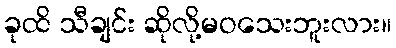
ခုထိ သီချင်း ဆိုလို့မဝသေးဘူးလား။